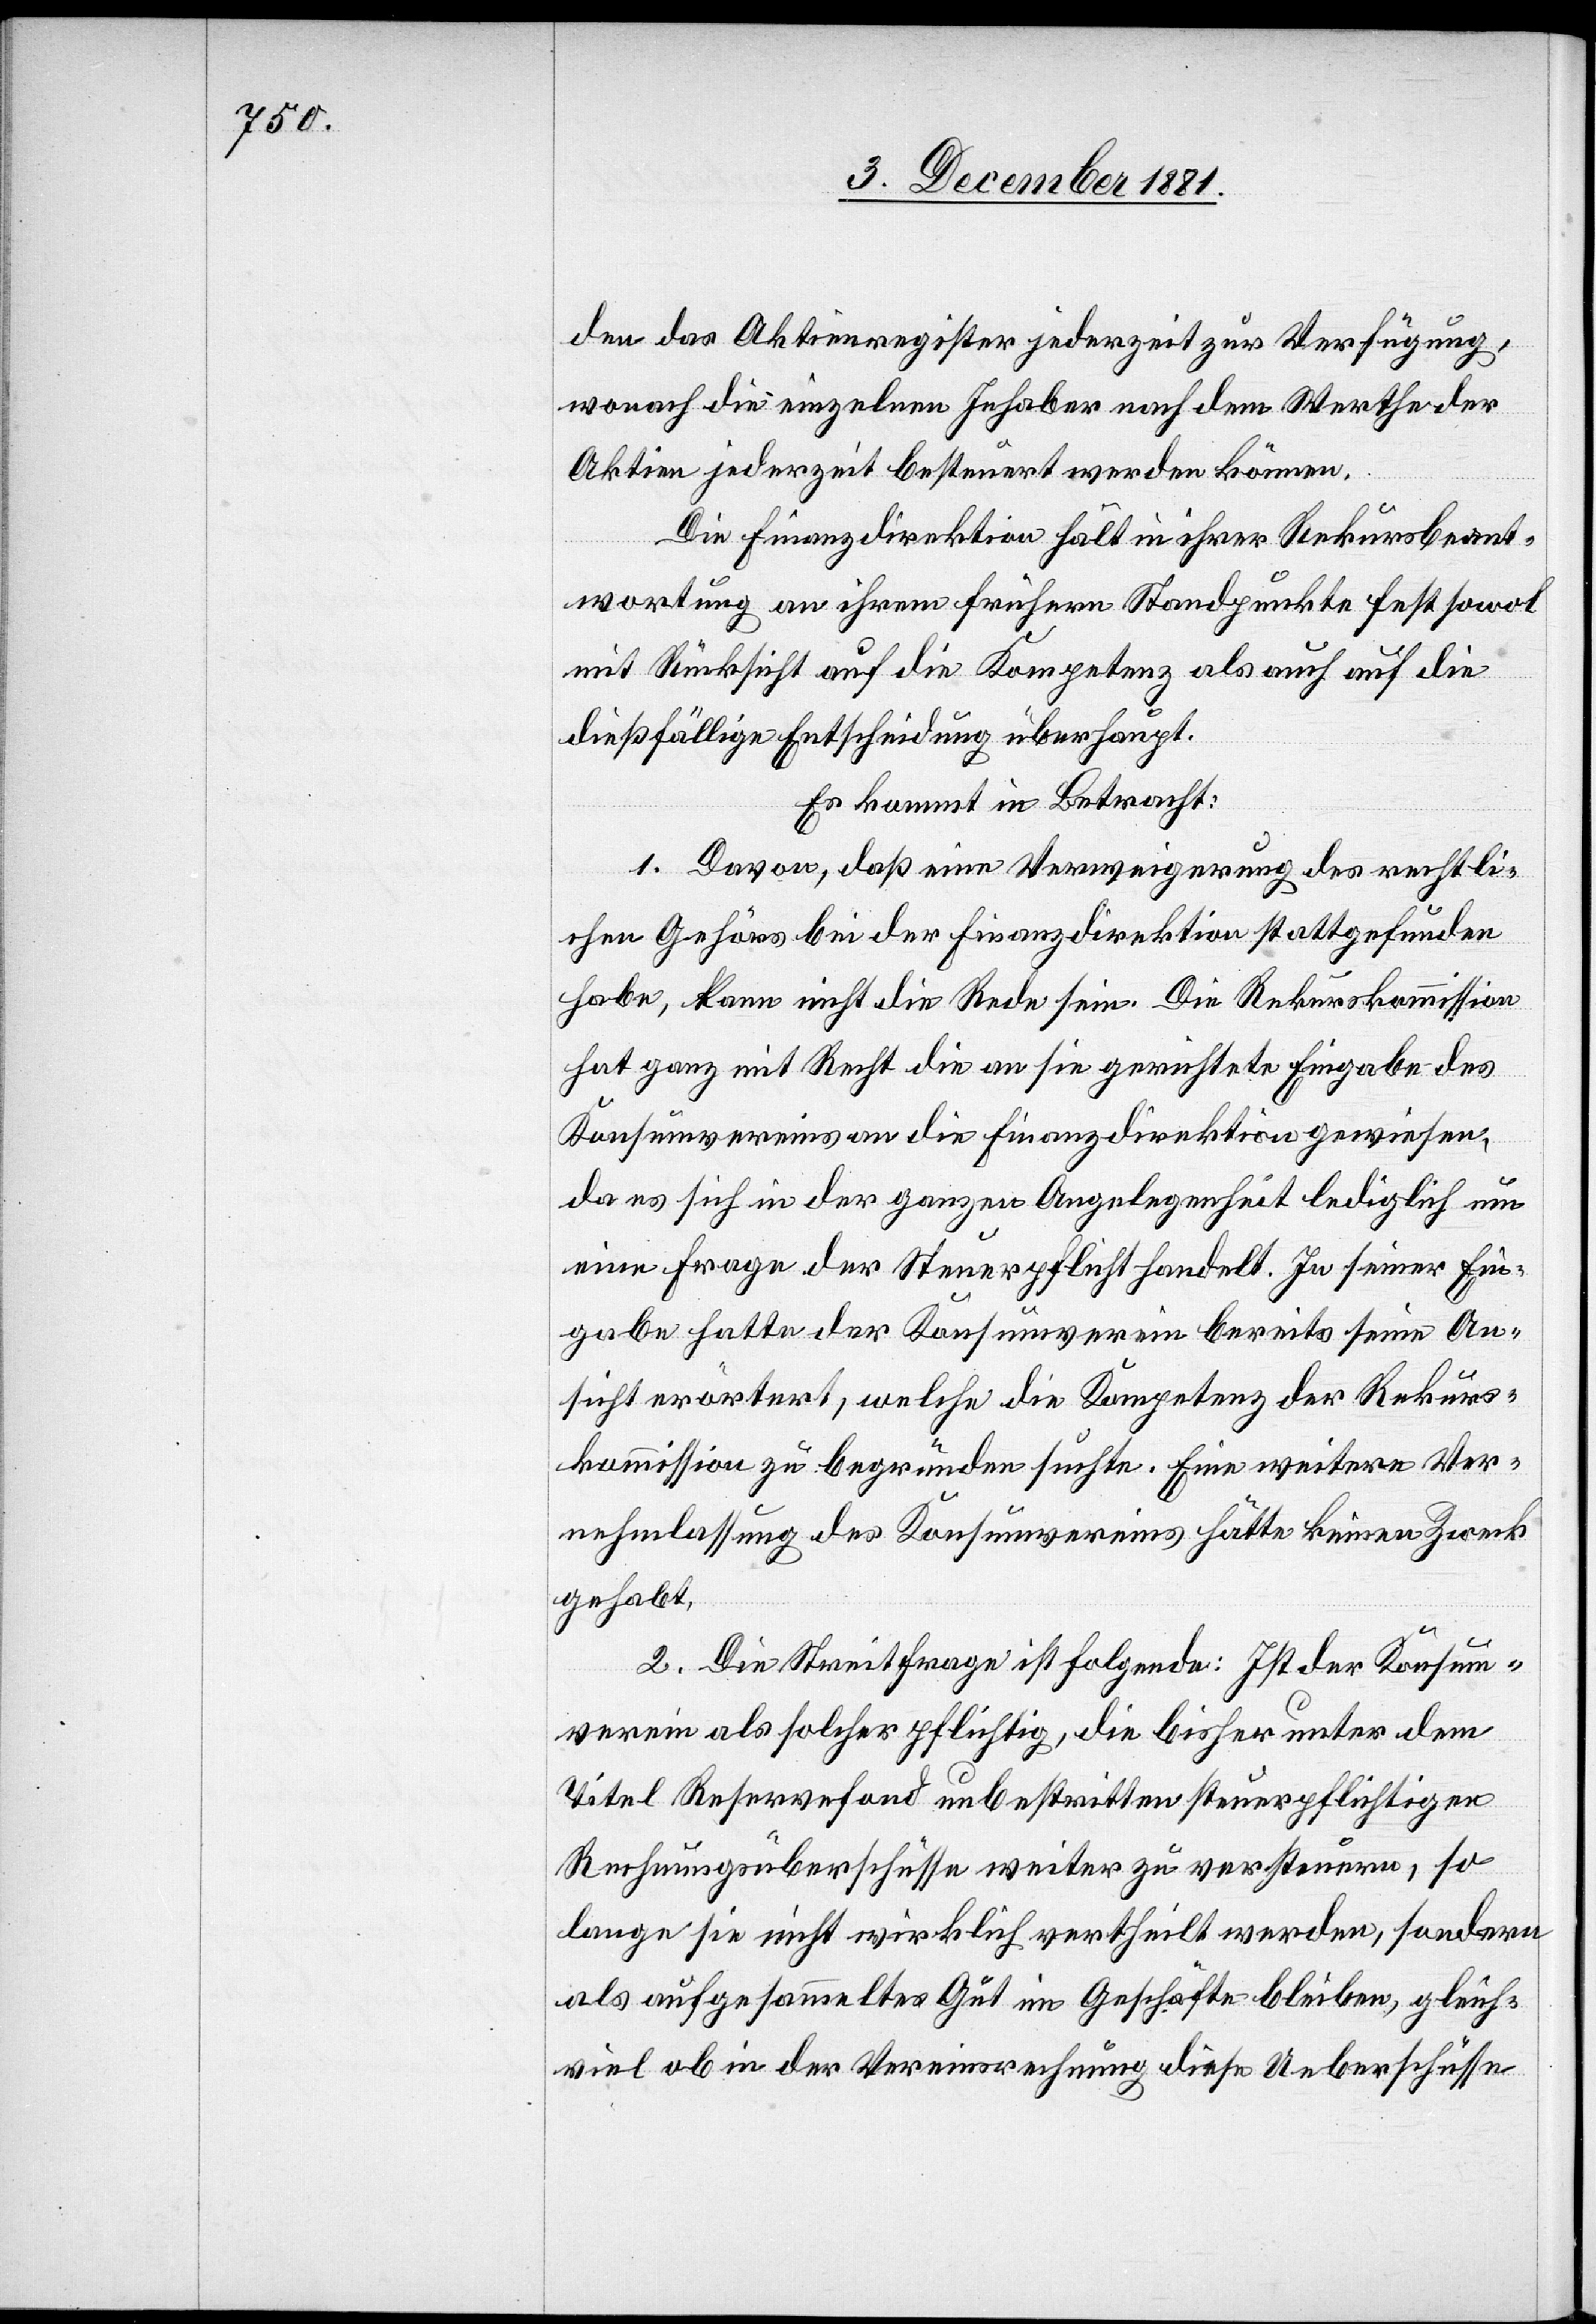
den das Aktienregister jederzeit zur Verfügung,
wonach die einzelnen Inhaber nach dem Werthe der
Aktien jederzeit besteuert werden können.
Die Finanzdirektion hält in ihrer Rekursbeant¬
wortung an ihrem frühern Standpunkte fest sowol
mit Rücksicht auf die Kompetenz als auch auf die
dießfällige Entscheidung überhaupt.
Es kommt in Betracht:
1. Davon, daß eine Verweigerung des rechtli¬
chen Gehörs bei der Finanzdirektion stattgefunden
habe, kann nicht die Rede sein. Die Rekurskommission
hat ganz mit Recht die an sie gerichtete Eingabe des
Konsumvereins an die Finanzdirektion gewiesen,
da es sich in der ganzen Angelegenheit lediglich um
eine Frage der Steuerpflicht handelt. In seiner Ein¬
gabe hatte der Konsumverein bereits seine An¬
sicht erörtert, welche die Kompetenz der Rekurs¬
kommission zu begründen suchte. Eine weitere Ver¬
nehmlassung des Konsumvereins hätte keinen Zweck
gehabt.
2. Die Streitfrage ist folgende: Ist der Konsum¬
verein als solcher pflichtig, die bisher unter dem
Titel Reservefond unbestritten steuerpflichtigen
Rechnungsüberschüsse weiter zu versteuern, so
lange sie nicht wirklich vertheilt werden, sondern
als aufgesammeltes Gut im Geschäfte bleiben, gleich¬
viel ob in der Vereinsrechnung diese Ueberschüsse